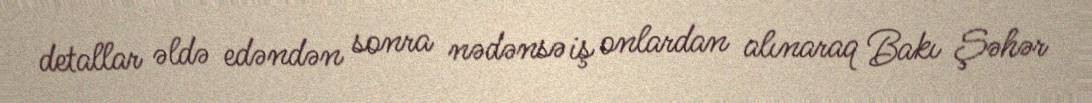
detallar əldə edəndən sonra nədənsə iş onlardan alınaraq Bakı Şəhər